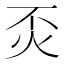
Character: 㶪